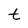
Character: t